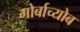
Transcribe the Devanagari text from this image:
गोर्बाच्योब